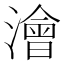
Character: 澮